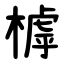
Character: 㯉